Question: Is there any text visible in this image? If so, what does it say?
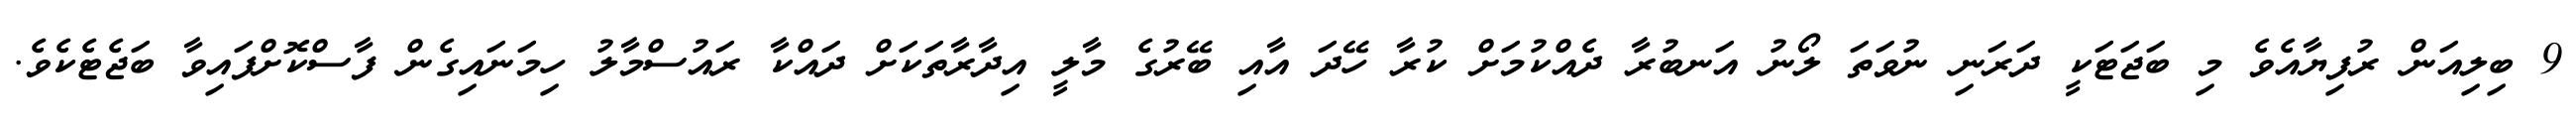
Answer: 9 ބިލިއަން ރުފިޔާއެވެ މި ބަޖަޓަކީ ދަރަނި ނުވަތަ ލޯނު އަނބުރާ ދެއްކުމަށް ކުރާ ހޭދަ އާއި ބޭރުގެ މާލީ އިދާރާތަކަށް ދައްކާ ރައުސްމާލު ހިމަނައިގެން ފާސްކޮށްފައިވާ ބަޖެޓެކެވެ.